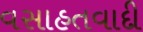
વસાહતવાદી